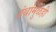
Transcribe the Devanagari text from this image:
ग्रंथांमुळेही